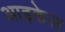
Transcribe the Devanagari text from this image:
आइकेल